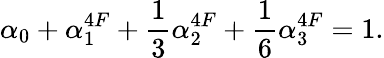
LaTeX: \alpha_{0}+\alpha_{1}^{4F}+\frac{1}{3}\alpha_{2}^{4F}+\frac 16\alpha_{3}^{4F}=1.